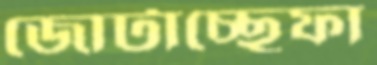
জোটাচ্ছেফা